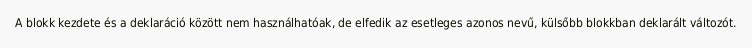
A blokk kezdete és a deklaráció között nem használhatóak, de elfedik az esetleges azonos nevű, külsőbb blokkban deklarált változót.